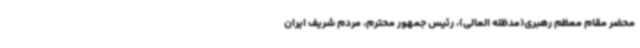
محضر مقام معظم رهبری(مدظله العالی)، رئیس جمهور محترم، مردم شریف ایران